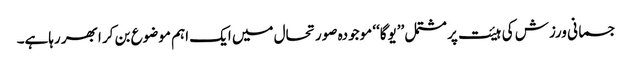
جسمانی ورزش کی ہیئت پر مشتمل ’’یوگا‘‘ موجودہ صورتحال میں ایک اہم موضوع بن کر ابھر رہاہے۔